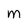
Character: m